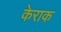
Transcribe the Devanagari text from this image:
केराक